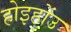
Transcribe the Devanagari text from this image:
होइहोंउ